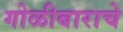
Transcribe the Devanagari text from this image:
गोळीबाराचे